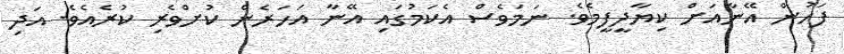
ފަހުން އޭނާއަށް ކިޔާދީފީމެވެ. ނަމަވެސް އެކަމުގައި އޭނާ އަހަރެން ކުށްވެރި ކުރެއެވެ. އަދި